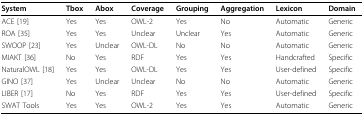
<table><thead><tr><td><b>System</b></td><td><b>Tbox</b></td><td><b>Abox</b></td><td><b>Coverage</b></td><td><b>Grouping</b></td><td><b>Aggregation</b></td><td><b>Lexicon</b></td><td><b>Domain</b></td></tr></thead><tbody><tr><td>ACE [19]</td><td>Yes</td><td>Yes</td><td>OWL-2</td><td>Yes</td><td>No</td><td>Automatic</td><td>Generic</td></tr><tr><td>ROA [35]</td><td>Yes</td><td>Yes</td><td>Unclear</td><td>Unclear</td><td>Yes</td><td>Automatic</td><td>Generic</td></tr><tr><td>SWOOP [23]</td><td>Yes</td><td>Unclear</td><td>OWL-DL</td><td>No</td><td>No</td><td>Automatic</td><td>Generic</td></tr><tr><td>MIAKT [36]</td><td>No</td><td>Yes</td><td>RDF</td><td>Yes</td><td>Yes</td><td>Handcrafted</td><td>Specific</td></tr><tr><td>NaturalOWL [18]</td><td>Yes</td><td>Yes</td><td>OWL-DL</td><td>Yes</td><td>Yes</td><td>User-defined</td><td>Specific</td></tr><tr><td>GINO [37]</td><td>Yes</td><td>Unclear</td><td>Unclear</td><td>No</td><td>No</td><td>Automatic</td><td>Generic</td></tr><tr><td>LIBER [17]</td><td>No</td><td>Yes</td><td>RDF</td><td>Yes</td><td>Yes</td><td>User-defined</td><td>Specific</td></tr><tr><td>SWAT Tools</td><td>Yes</td><td>Yes</td><td>OWL-2</td><td>Yes</td><td>Yes</td><td>Automatic</td><td>Generic</td></tr></tbody></table>